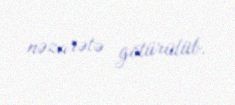
nəzarətə götürülüb.